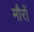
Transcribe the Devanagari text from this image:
मौरों